Calcutta medical institutions reports 1879-81 [i.e.91]
Year: 1879
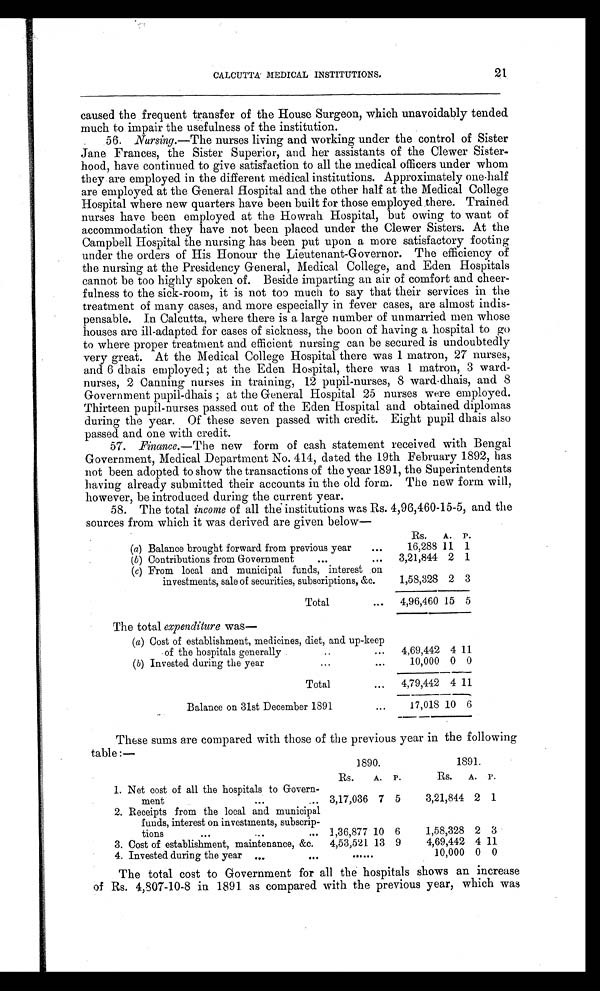
21
CALCUTTA' MEDICAL INSTITUTIONS.
caused the frequent transfer of the House Surgeon, which unavoidably tended
much to impair the usefulness of the institution.
56. Nursing.—The nurses living and working under the control of Sister
Jane Frances, the Sister Superior, and her assistants of the Clewer Sister-
hood, have continued to give satisfaction to all the medical officers under whom
they are employed in the different medical institutions. Approximately one-half
are employed at the General Hospital and the other half at the Medical College
Hospital where new quarters have been built for those employed there. Trained
nurses have been employed at the Howrah Hospital, but owing to want of
accommodation they have not been placed under the Clewer Sisters. At the
Campbell Hospital the nursing has been put upon a more satisfactory footing
under the orders of His Honour the Lieutenant-Governor. The efficiency of
the nursing at the Presidency General, Medical College, and Eden Hospitals
cannot be too highly spoken of. Beside imparting an air of comfort and cheer-
fulness to the sick-room, it is not too much to say that their services in the
treatment of many cases, and more especially in fever cases, are almost indis-
pensable. In Calcutta, where there is a large number of unmarried men whose
houses are ill-adapted for cases of sickness, the boon of having a hospital to go
to where proper treatment and efficient nursing can be secured is undoubtedly
very great. At the Medical College Hospital there was 1 matron, 27 nurses,
and 6 dhais employed ; at the Eden Hospital, there was 1 matron, 3 ward-
nurses, 2 Canning nurses in training, 12 pupil-nurses, 8 ward-dhais, and 8
Government pupil-dhais ; at the General Hospital 25 nurses were employed.
Thirteen pupil-nurses passed out of the Eden Hospital and obtained diplomas
during the year. Of these seven passed with credit. Eight pupil dhais also
passed and one with credit.
57. Finance.—The new form of cash statement received with Bengal
Government, Medical Department No. 414, dated the 19th February 1892, has
not been adopted to show the transactions of the year 1891, the Superintendents
having already submitted their accounts in the old form. The new form will,
however, be introduced during the current year.
58. The total income of all the institutions was Rs. 4,96,460-15-5, and the
sources from which it was derived are given below—
RS.
A. P.
(a) Balance brought forward from previous year
. . .
16,288 11 1
( b ) Contributions from Government
...
...
3,21,844 2 1
(c) From local and municipal funds, interest on
investments, sale of securities, subscriptions, &c.
1,58,328 2 3
Total
...
4,96,460 15 5
The total expenditure was—
(a) Cost of establishment, medicines, diet, and up-keep
of the hospitals generally
. . . ... 4,69,442 4 11
( b) Invested during the year
...
...
10,000 0 0
Total
...
4,79,442 4 11
Balance on 31st December 1891
...
17,018 10 6
These sums are compared with those of the previous year in the following
table :—
1890.
1891.
Rs.
A. P.
R
s
.
A. P.
1. Net cost of all the hospitals to Govern-
ment
...
... 3,17,036 7 5
3,21,844 2 1
2. Receipts from the local and municipal
funds, interest on investments, subscrip-
tions
. . .
...
... 1,36,877 10 6
1,58,328 2 3
3. Cost of establishment, maintenance, &c.
4,53,521 13 9
4,69,442 4 11
4. Invested during the year
. . .
. . .
......
10,000 0 0
The total cost to Government for all the hospitals shows an increase
of Rs. 4,807-10-8 in 1891 as compared with the previous year, which was